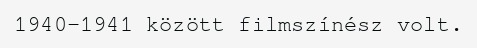
1940–1941 között filmszínész volt.